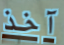
آخذ